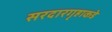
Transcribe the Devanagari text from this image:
सरदारगृहाकडे